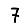
Digit: 7